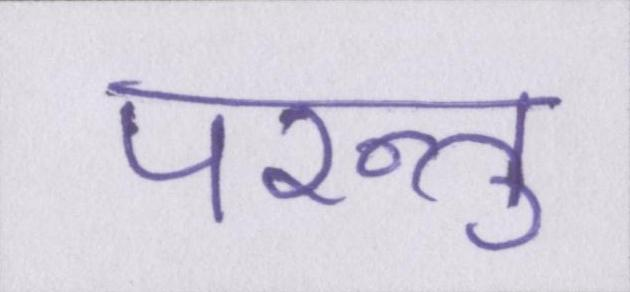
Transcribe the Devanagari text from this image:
परन्तु